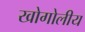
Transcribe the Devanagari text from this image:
खोगोलीय